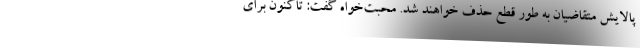
پالایش متقاضیان به طور قطع حذف خواهند شد. محبت‌خواه گفت: تاکنون برای